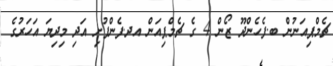
ޗެމްޕިއަނުން ބ.ފެހެންދޫ ޒޯން 4 ގެ ޗެމްޕިއަން އދ.ފެންފުށި އަދި މިދިޔަ އަހަރުގެ